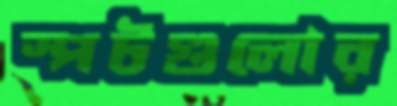
স্পটগুলোর